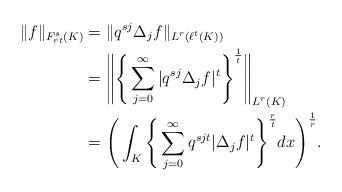
LaTeX: \begin{align*}\|f\|_{{ F_{rt}^s}(K)} &= \|q^{sj} \Delta_j f \| _{L^r(\ell^t(K))}\\&= \Bigg\|\Bigg\{\sum_{j=0}^{\infty} |q^{sj} \Delta_j f|^t \Bigg\}^{\frac{1}{t}} \Bigg\|_{L^r(K)}\\&= \Bigg( \int_{K} \Bigg\{\sum_{j=0}^{\infty}q^{sjt} | \Delta_j f|^t \Bigg\}^{\frac{r}{t}} dx \Bigg)^{\frac{1}{r}}.\end{align*}